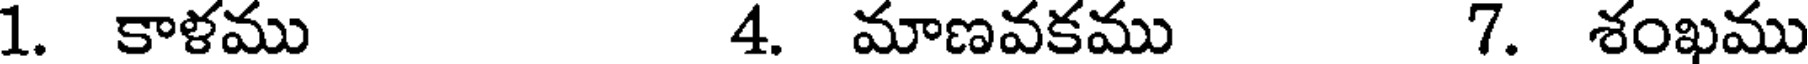
1. కాళము 4. మాణవకము 7. శంఖము